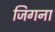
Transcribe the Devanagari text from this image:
जिगना